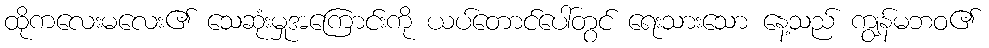
ထိုကလေးမလေး၏ သေဆုံးမှုအကြောင်းကို ယပ်တောင်ပေါ်တွင် ရေးသားသော နေ့သည် ကျွန်မဘဝ၏